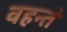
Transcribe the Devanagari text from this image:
वहन्तं